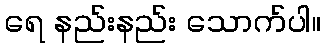
ရေ နည်းနည်း သောက်ပါ။